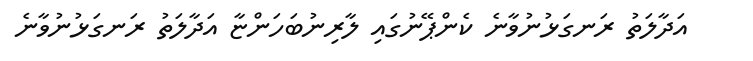
އަދާލަތު ރަނގަޅުނުވާނެ ކެންޕޭނުގައި ލާރިނުބަހަންޏާ އަދާލަތު ރަނގަޅުނުވާނެ